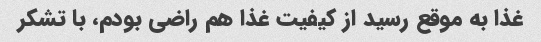
غذا به موقع رسید از کیفیت غذا هم راضی بودم، با تشکر